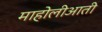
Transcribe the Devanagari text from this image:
माहोलीआती